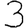
Digit: 3